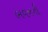
ભવનની